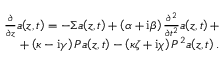
\begin{array} { r } { \frac { \partial } { \partial z } a \! \left( z , t \right) = - \Sigma a \! \left( z , t \right) + \left( \alpha + \mathrm { i } \beta \right) \frac { \partial ^ { 2 } } { \partial t ^ { 2 } } a \! \left( z , t \right) + } \\ { + \left( \kappa - \mathrm { i } \gamma \right) P a \! \left( z , t \right) - \left( \kappa \zeta + \mathrm { i } \chi \right) P ^ { 2 } a \! \left( z , t \right) . } \end{array}